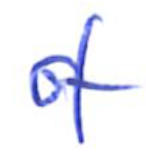
Text: of
Cross-out: clean
Writing tool: ballpoint